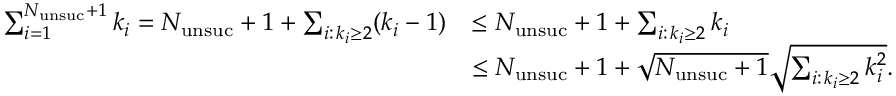
\begin{array} { r l } { \sum _ { i = 1 } ^ { N _ { \mathrm { u n s u c } } + 1 } k _ { i } = N _ { \mathrm { u n s u c } } + 1 + \sum _ { i : \, k _ { i } \geq 2 } ( k _ { i } - 1 ) } & { \leq N _ { \mathrm { u n s u c } } + 1 + \sum _ { i : \, k _ { i } \geq 2 } k _ { i } } \\ & { \leq N _ { \mathrm { u n s u c } } + 1 + \sqrt { N _ { \mathrm { u n s u c } } + 1 } \sqrt { \sum _ { i : \, k _ { i } \geq 2 } k _ { i } ^ { 2 } } . } \end{array}